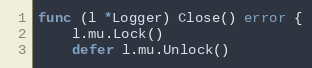
Language: Go
func (l *Logger) Close() error {
	l.mu.Lock()
	defer l.mu.Unlock()